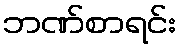
ဘဏ်စာရင်း